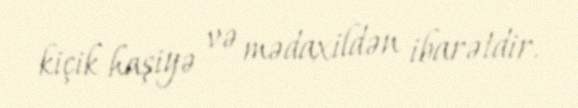
kiçik haşiyə və mədaxildən ibarətdir.